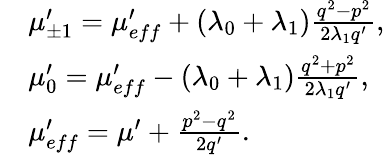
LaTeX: \begin{array}{rl}&{\mu_{\pm 1}^{\prime}=\mu_{eff}^{\prime}+(\lambda_{0}+\lambda_{1})\frac{q^{2}-p^{2}}{2\lambda_{1}q^{\prime}},}\\ &{\mu_{0}^{\prime}=\mu_{eff}^{\prime}-(\lambda_{0}+\lambda_{1})\frac{q^{2}+p^{2}}{2\lambda_{1}q^{\prime}},}\\ &{\mu_{eff}^{\prime}=\mu^{\prime}+\frac{p^{2}-q^{2}}{2q^{\prime}}.}\end{array}